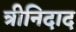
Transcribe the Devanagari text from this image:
त्रीनिदाद